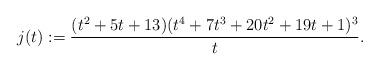
LaTeX: \begin{align*}j(t) := \frac{(t^2+5t+13)(t^4+7t^3+20t^2+19t+1)^3}{t}.\end{align*}